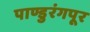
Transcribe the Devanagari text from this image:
पाण्डुरंगपूर